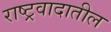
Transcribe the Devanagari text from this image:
राष्ट्रवादातील